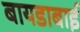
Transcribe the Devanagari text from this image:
बायडाबाई